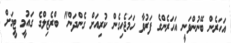
އަހަރެން ބޭނުންވަނީ އަހަރެންގެ ފަރުވާ ހަމަޖެހިގެން ކުރިއަށް ގެންދަން" ބްރެޒިލްގެ ގައުމީ ޓީމަށް